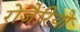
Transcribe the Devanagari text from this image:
रोज़ैरियो